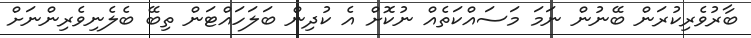
ބާރުވެރިކުރަން ބޭނުން ނަމަ މަސައްކަތެއް ނުކޮށް އެ ކުދިން ބަލަހައްޓަން ތިބޭ ބެލެނިވެރިންނަށް